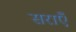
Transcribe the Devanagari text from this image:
सराएँ